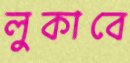
লুকাবে